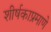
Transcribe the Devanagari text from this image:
शीर्षकाप्रमाणे